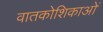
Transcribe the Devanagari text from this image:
वातकोशिकाओं